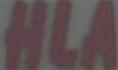
HLA